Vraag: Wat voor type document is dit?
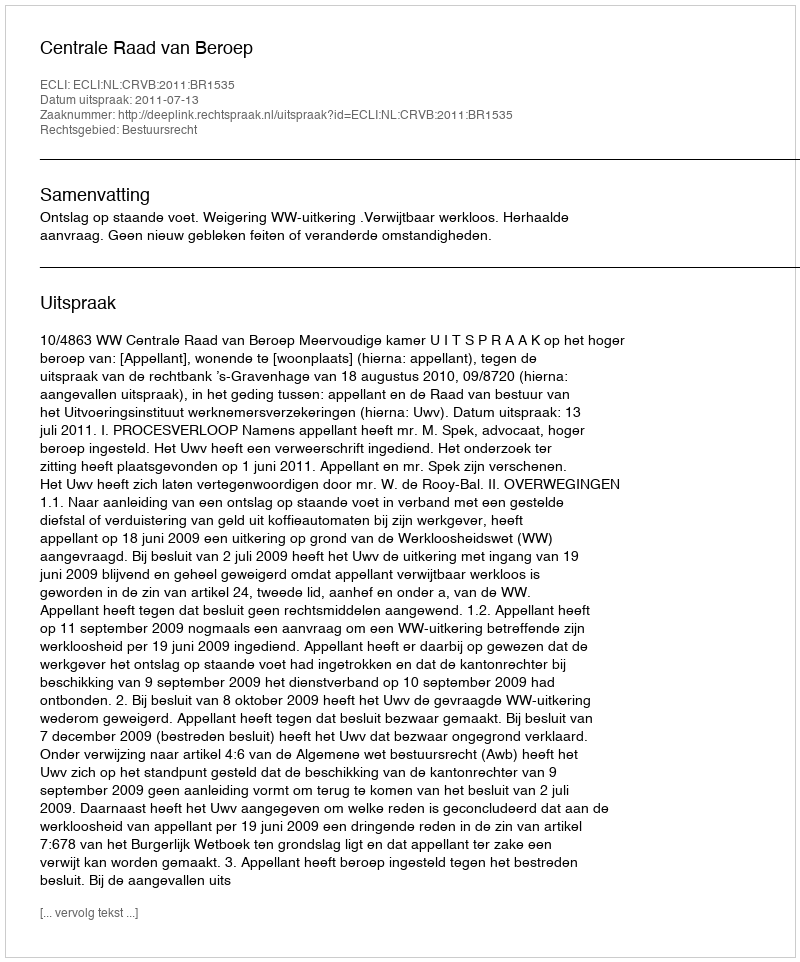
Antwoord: Uitspraak